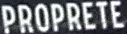
PROPRETE